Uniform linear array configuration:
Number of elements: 64
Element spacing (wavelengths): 0.5
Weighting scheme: cosine
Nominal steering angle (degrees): -60
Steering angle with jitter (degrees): -61.252
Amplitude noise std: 0.05
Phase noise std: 0.05

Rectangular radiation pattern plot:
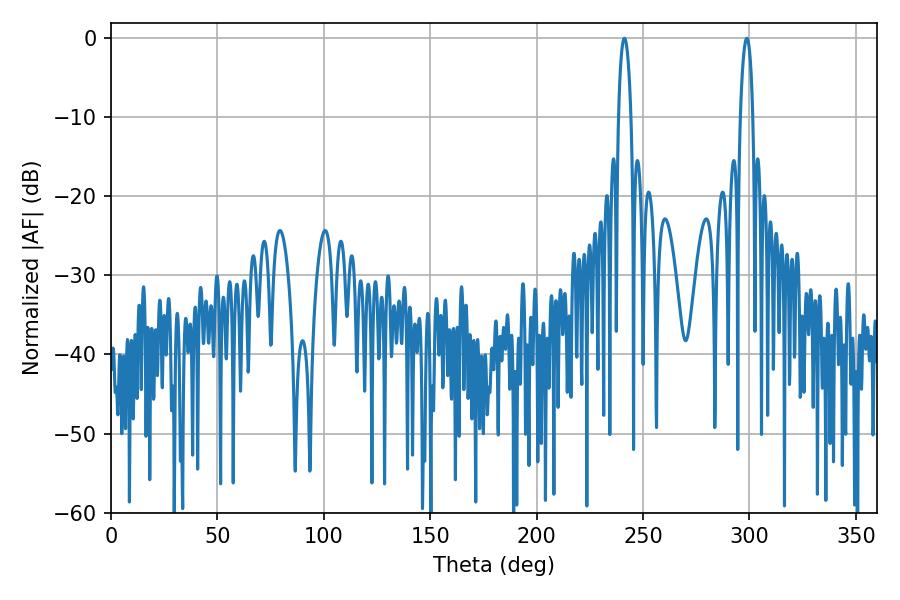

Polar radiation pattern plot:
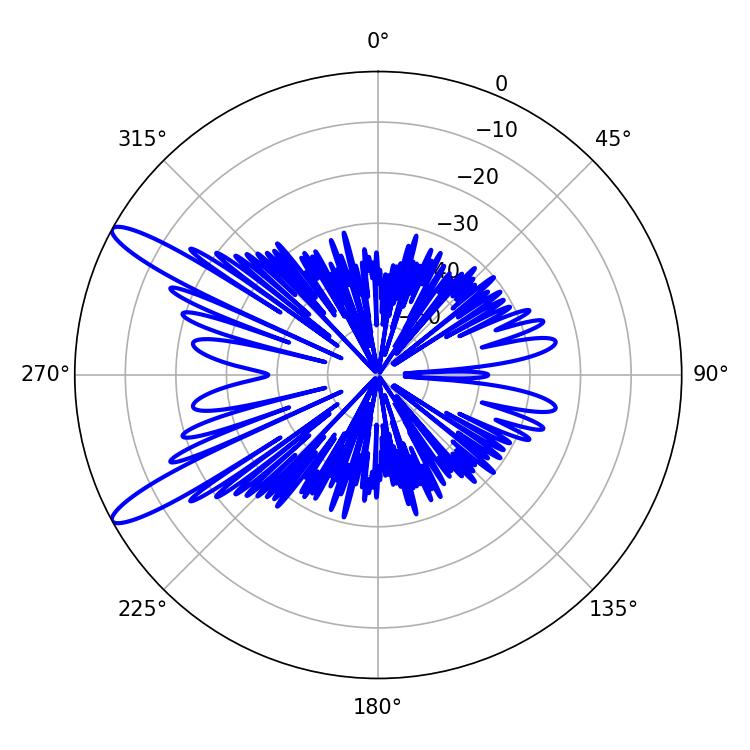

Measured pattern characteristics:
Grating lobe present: FALSE
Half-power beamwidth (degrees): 3.42
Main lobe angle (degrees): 241.2